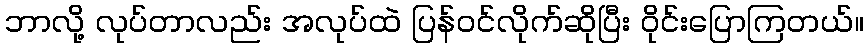
ဘာလို့ လုပ်တာလည်း အလုပ်ထဲ ပြန်ဝင်လိုက်ဆိုပြီး ဝိုင်းပြောကြတယ်။